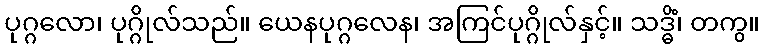
ပုဂ္ဂလော၊ ပုဂ္ဂိုလ်သည်။ ယေနပုဂ္ဂလေန၊ အကြင်ပုဂ္ဂိုလ်နှင့်။ သဒ္ဓိံ၊ တကွ။